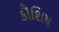
કૌશિષ